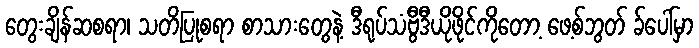
တွေးချိန်ဆစရာ၊ သတိပြုစရာ စာသားတွေနဲ့ ဒီရုပ်သံဗွီဒီယိုဖိုင်ကိုတော့ ဖေ့စ်ဘွတ် ခ်ပေါ်မှာ